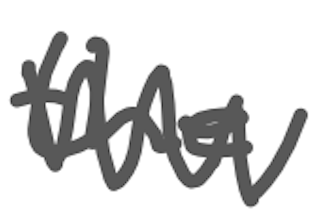
Text: the
Cross-out: zig-zag
Writing tool: digital_gray